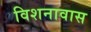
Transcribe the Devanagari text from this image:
विशनावास